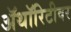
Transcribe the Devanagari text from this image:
ॲथॉरिटीवर